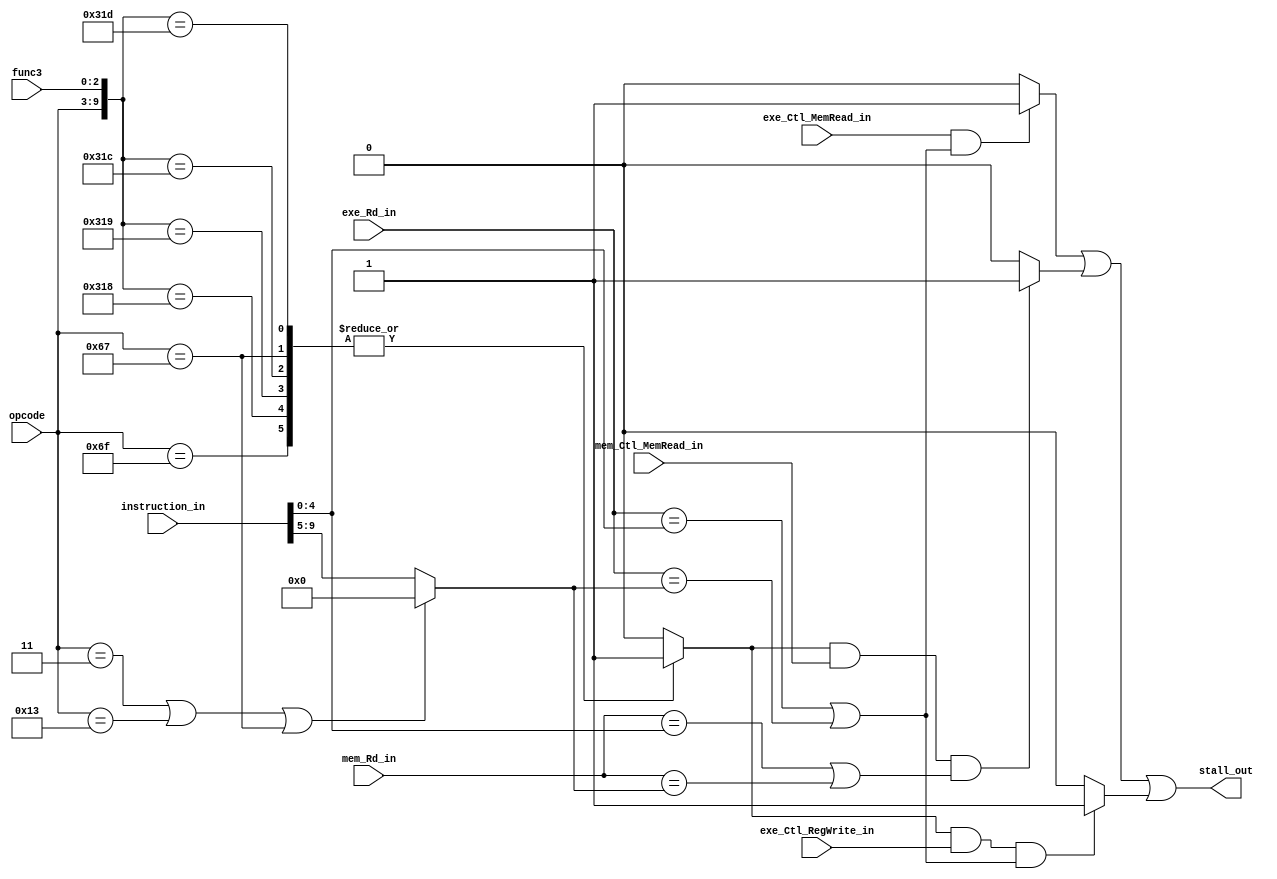
`timescale 1ns / 1ps
//////////////////////////////////////////////////////////////////////////////////
// Company: 
// Engineer: 
// 
// Design Name: 
// Module Name: Hazard_detection_unit
// Project Name: 
// Target Devices: 
// Tool Versions: 
// Description: 
// 
// Dependencies: 
// 
// Revision:
// Revision 0.01 - File Created
// Additional Comments:
// 
//////////////////////////////////////////////////////////////////////////////////


module Hazard_detection_unit(
    input       exe_Ctl_MemRead_in,
    input [4:0] exe_Rd_in, mem_Rd_in,
    input [9:0] instruction_in,
    input [6:0] opcode,
    input [2:0] func3,
    input       mem_Ctl_MemRead_in,
    input       exe_Ctl_RegWrite_in,
    output      stall_out
    );
    
    reg is_branch;
    always @(*) begin
		casex({opcode, func3})
			10'b1100111_xxx : is_branch = 1'b1;							// jalr
			10'b1101111_xxx : is_branch = 1'b1;							// jal 
			10'b1100011_000 : is_branch = 1'b1;	// beq 
			10'b1100011_001 : is_branch = 1'b1;		// bne 
			10'b1100011_100 : is_branch = 1'b1;		// blt 
			10'b1100011_101 : is_branch = 1'b1;	// bge 
			default : is_branch = 1'b0;
		endcase
	end
    
    
    wire [4:0] Rs1_in = instruction_in[4:0];
    wire [4:0] Rs2_in = (
            opcode == 7'b0000011 || // lw
            opcode == 7'b0010011 || // addi...
            opcode == 7'b1100111)       ? 0 : instruction_in[9:5];
    
    wire stall_0 = (exe_Ctl_MemRead_in && (exe_Rd_in==Rs1_in || exe_Rd_in == Rs2_in)) ? 1'b1 : 1'b0;
    wire stall_1 = (is_branch && mem_Ctl_MemRead_in && (mem_Rd_in==Rs1_in || mem_Rd_in == Rs2_in)) ? 1'b1 : 1'b0;
    wire stall_2 = (is_branch && exe_Ctl_RegWrite_in && (exe_Rd_in==Rs1_in || exe_Rd_in == Rs2_in)) ? 1'b1 : 1'b0;
    or(stall_out, stall_0, stall_1, stall_2);
    
    
endmodule